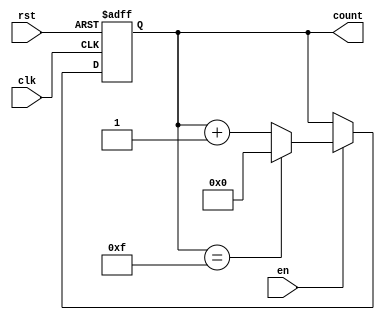
module memory_blocks_binary_counter #(
    parameter BIT_WIDTH = 4,           // Bit width of the counter
    parameter MAX_COUNT = (1 << BIT_WIDTH) - 1  // Maximum count value (e.g., 15 for 4-bit counter)
)(
    input wire clk,                     // Clock input
    input wire rst,                     // Asynchronous reset input
    input wire en,                      // Enable input
    output reg [BIT_WIDTH-1:0] count   // Count output
);

// Initial count value
initial begin
    count = 0;
end

// Counting process
always @(posedge clk or posedge rst) begin
    if (rst) begin
        // Asynchronous reset
        count <= 0;
    end else if (en) begin
        // Increment count
        if (count == MAX_COUNT) begin
            count <= 0;  // Wrap around to minimum value
        end else begin
            count <= count + 1; // Increment count
        end
    end
end

endmodule